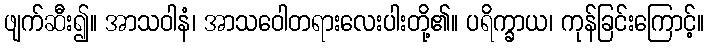
ဖျက်ဆီး၍။ အာသဝါနံ၊ အာသဝေါတရားလေးပါးတို့၏။ ပရိက္ခာယ၊ ကုန်ခြင်းကြောင့်။